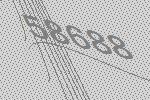
58688